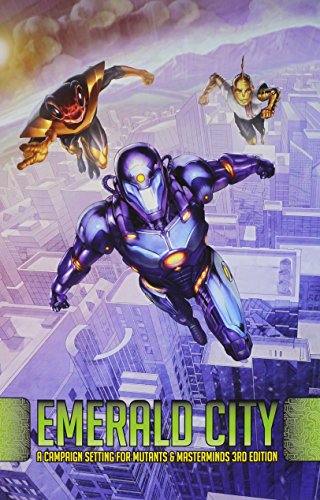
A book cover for Mutants Masterminds Emerald City; Steve Kenson; Science Fiction & Fantasy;